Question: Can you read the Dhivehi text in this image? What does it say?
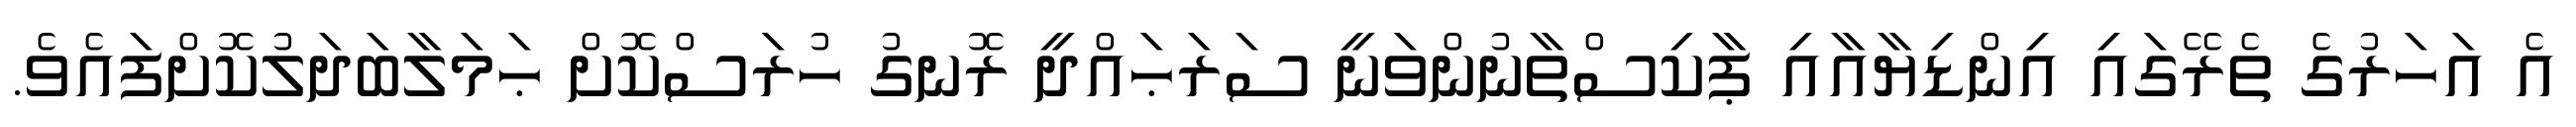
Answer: އެ އަހަރުގެ ތެރޭގައި އިންޑިޔާއާއި ޕާކިސްތާނުންވަނީ ސަރަޙައްދީ ރޮނގު ހުރަސްކޮށް ޙަމަލާބަދަލުކޮށްފައެވެ.